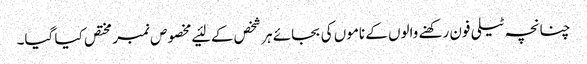
چنانچہ ٹیلی فون رکھنے والوں کے ناموں کی بجائے ہر شخص کے لئیے مخصوص نمبر مختص کیا گیا۔